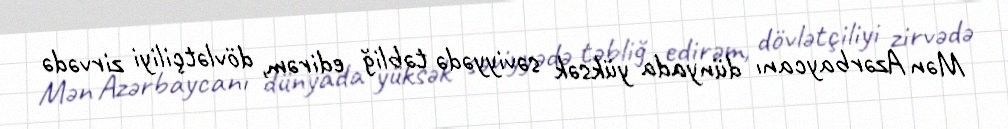
Mən Azərbaycanı dünyada yüksək səviyyədə təbliğ edirəm, dövlətçiliyi zirvədə